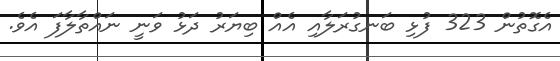
އެގޮތުން 323 ފުޅި ބަނގުރަލާއި އެއް ބިޔަރު ދަޅު ވަނީ ނައްތާލާފަ އެވެ.